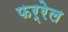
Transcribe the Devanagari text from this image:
फर्रेल